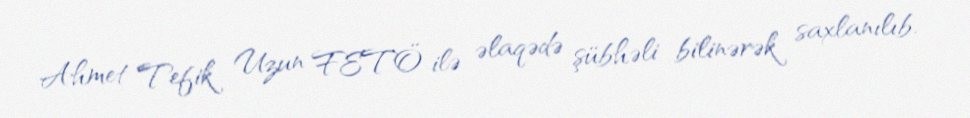
Ahmet Tefik Uzun FETÖ ilə əlaqədə şübhəli bilinərək saxlanılıb.